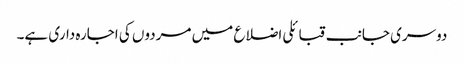
دوسری جانب قبائلی اضلاع میں مردوں کی اجارہ داری ہے۔